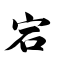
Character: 宕